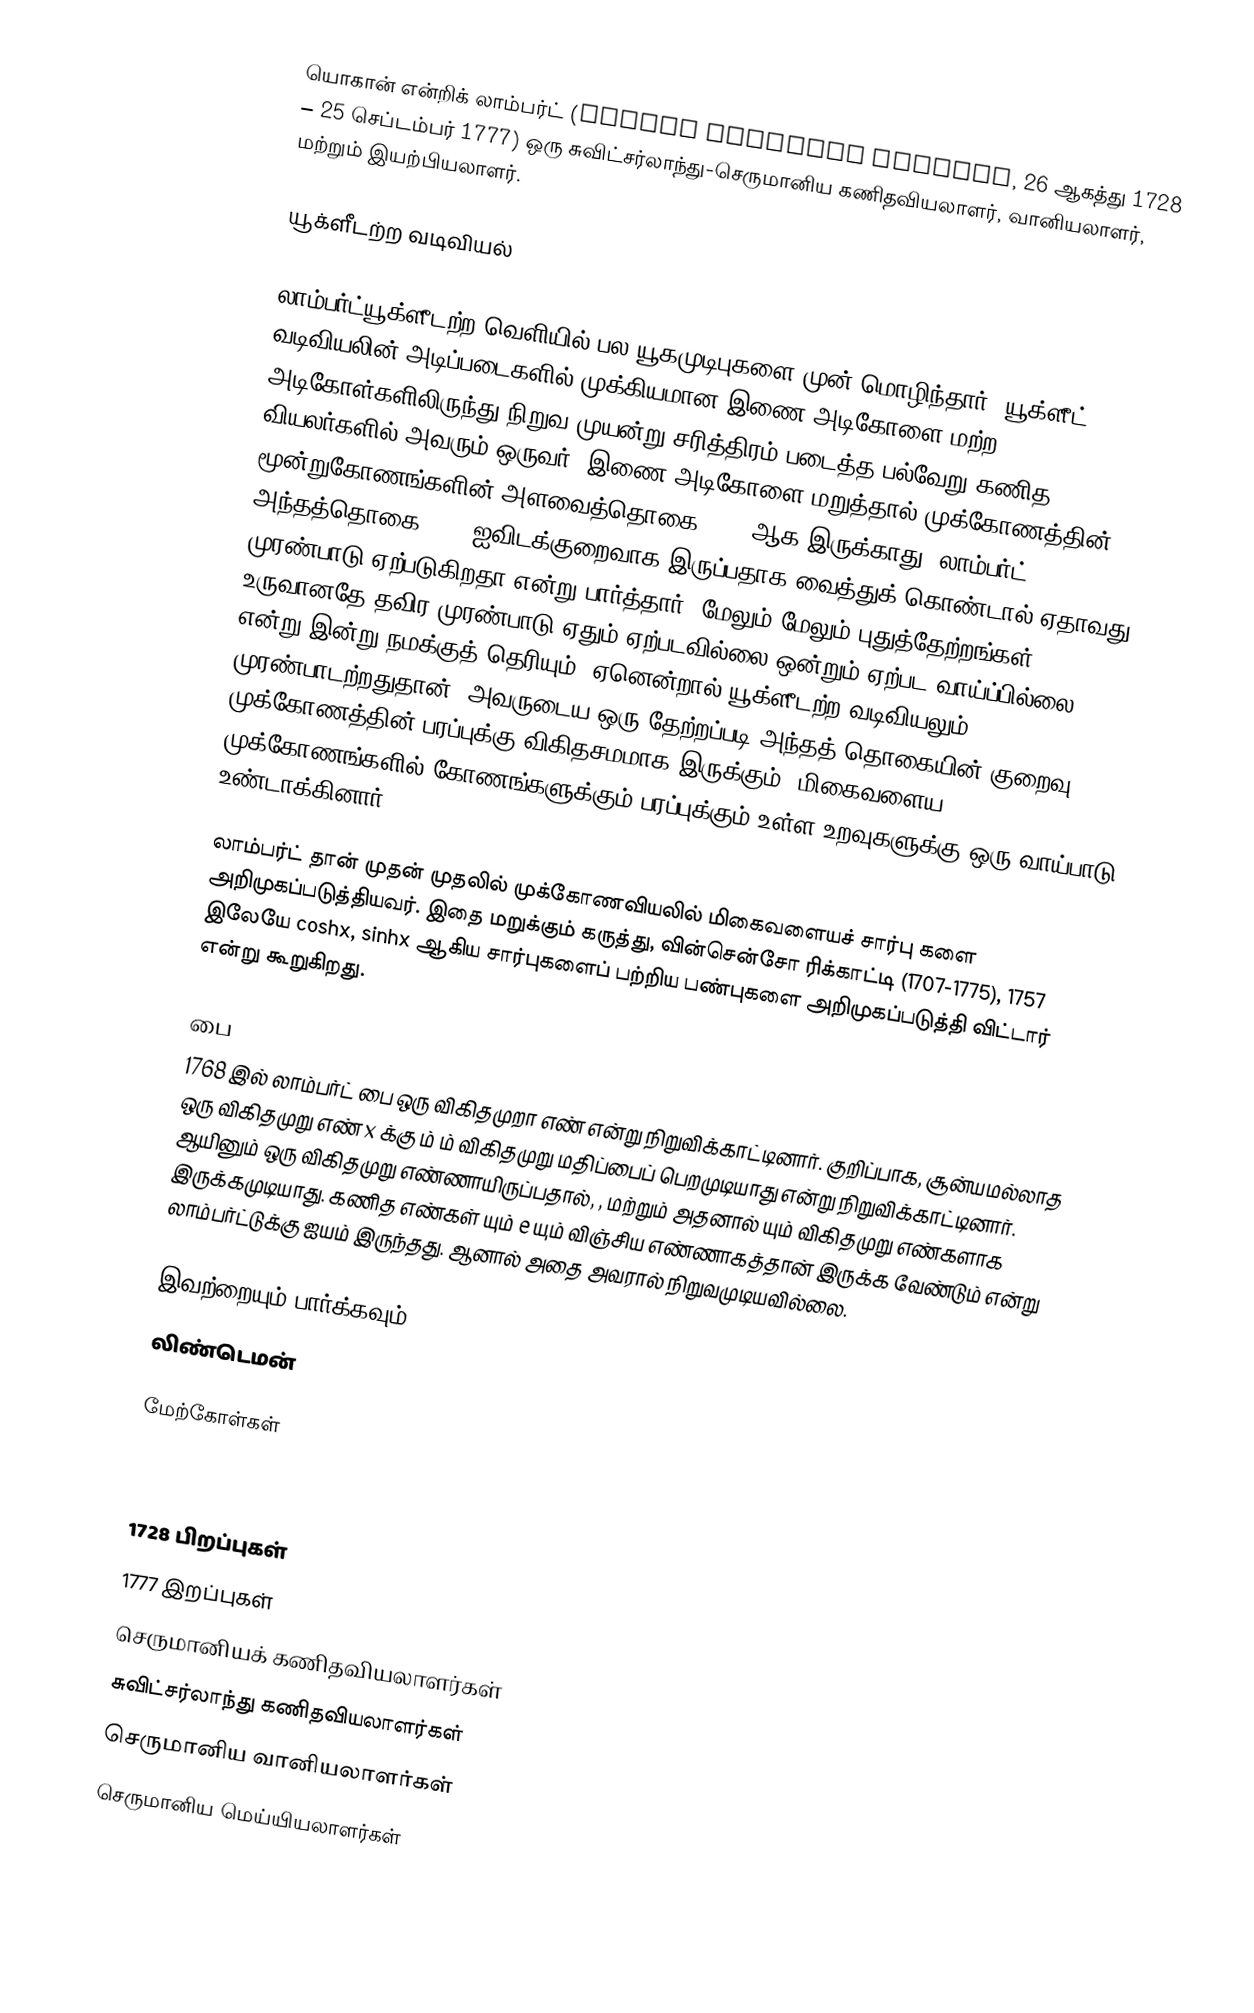
யொகான் என்றிக் லாம்பர்ட் (Johann Heinrich Lambert, 26 ஆகத்து 1728 – 25 செப்டம்பர் 1777) ஒரு சுவிட்சர்லாந்து-செருமானிய கணிதவியலாளர், வானியலாளர், மற்றும் இயற்பியலாளர்.

யூக்ளீடற்ற வடிவியல்

லாம்பர்ட்யூக்ளீடற்ற வெளியில் பல யூகமுடிபுகளை முன் மொழிந்தார். யூக்ளீட் வடிவியலின் அடிப்படைகளில் முக்கியமான இணை அடிகோளை மற்ற அடிகோள்களிலிருந்து நிறுவ முயன்று சரித்திரம் படைத்த பல்வேறு கணித வியலர்களில் அவரும் ஒருவர். இணை அடிகோளை மறுத்தால் முக்கோணத்தின் மூன்றுகோணங்களின் அளவைத்தொகை 180o ஆக இருக்காது. லாம்பர்ட் அந்தத்தொகை 180o ஐவிடக்குறைவாக இருப்பதாக வைத்துக் கொண்டால் ஏதாவது முரண்பாடு ஏற்படுகிறதா என்று பார்த்தார். மேலும் மேலும் புதுத்தேற்றங்கள் உருவானதே தவிர முரண்பாடு ஏதும் ஏற்படவில்லை.ஒன்றும் ஏற்பட வாய்ப்பில்லை என்று இன்று நமக்குத் தெரியும். ஏனென்றால் யூக்ளீடற்ற வடிவியலும் முரண்பாடற்றதுதான். அவருடைய ஒரு தேற்றப்படி அந்தத் தொகையின் குறைவு முக்கோணத்தின் பரப்புக்கு விகிதசமமாக இருக்கும். மிகைவளைய முக்கோணங்களில் கோணங்களுக்கும் பரப்புக்கும் உள்ள உறவுகளுக்கு ஒரு வாய்பாடு உண்டாக்கினார்.

லாம்பர்ட் தான் முதன் முதலில் முக்கோணவியலில் மிகைவளையச் சார்பு களை அறிமுகப்படுத்தியவர். இதை மறுக்கும் கருத்து, வின்சென்சோ ரிக்காட்டி (1707-1775), 1757 இலேயே coshx, sinhx ஆகிய சார்புகளைப் பற்றிய பண்புகளை அறிமுகப்படுத்தி விட்டார் என்று கூறுகிறது.

பை
1768 இல் லாம்பர்ட் பை ஒரு விகிதமுறா எண் என்று நிறுவிக்காட்டினார். குறிப்பாக, சூன்யமல்லாத ஒரு விகிதமுறு எண் x க்கு  ம்  ம் விகிதமுறு மதிப்பைப் பெறமுடியாது என்று நிறுவிக்காட்டினார். ஆயினும்  ஒரு விகிதமுறு எண்ணாயிருப்பதால்,  , மற்றும் அதனால்  யும் விகிதமுறு எண்களாக இருக்கமுடியாது. கணித எண்கள்  யும் e யும் விஞ்சிய எண்ணாகத்தான் இருக்க வேண்டும் என்று லாம்பர்ட்டுக்கு ஐயம் இருந்தது. ஆனால் அதை அவரால் நிறுவமுடியவில்லை.

இவற்றையும் பார்க்கவும்
 லிண்டெமன்

மேற்கோள்கள்

Eli Maor. e, The story of a Number. 1994. Princeton University Press.

1728 பிறப்புகள்
1777 இறப்புகள்
செருமானியக் கணிதவியலாளர்கள்
சுவிட்சர்லாந்து கணிதவியலாளர்கள்
செருமானிய வானியலாளர்கள்
செருமானிய மெய்யியலாளர்கள்